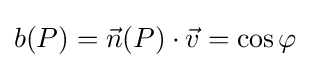
b(P)={\vec {n}}(P)\cdot {\vec {v}}=\cos \varphi